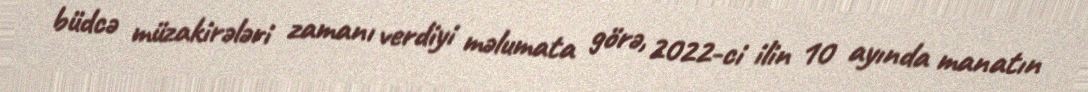
büdcə müzakirələri zamanı verdiyi məlumata görə, 2022-ci ilin 10 ayında manatın